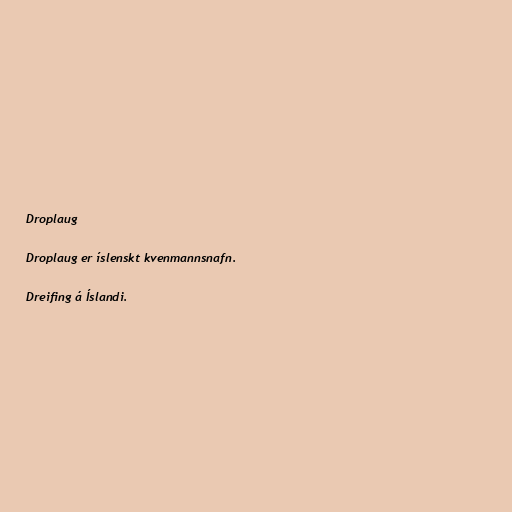
Droplaug

Droplaug er íslenskt kvenmannsnafn.

Dreifing á Íslandi.